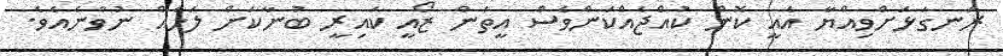
ރަނގަޅަށްވިއްޔާ އެއީ ކޮން ކުއްޖެއްކަންވެސް އީތަން ޒޯއީ ކައިރީ ބުނާކަށް ލަހެއް ނުވާނެއެވެ.